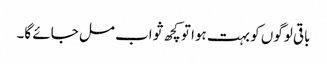
باقی لوگوں کو بہت ہوا تو کچھ ثواب مل جائے گا۔